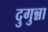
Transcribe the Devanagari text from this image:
दुगुन्ना